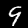
Label: 9